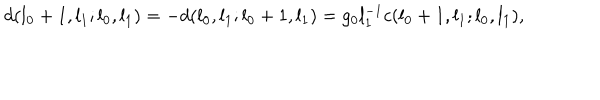
d ( l _ { 0 } + 1 , l _ { 1 } ; l _ { 0 } , l _ { 1 } ) = - d ( l _ { 0 } , l _ { 1 } ; l _ { 0 } + 1 , l _ { 1 } ) = g _ { 0 } l _ { 1 } ^ { - 1 } c ( l _ { 0 } + 1 , l _ { 1 } ; l _ { 0 } , l _ { 1 } ) ,